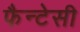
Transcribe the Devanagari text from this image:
फैन्टेसी